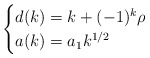
\begin{align*}\begin{cases}d(k)=k+(-1)^k\rho&\\a(k)=a_1k^{1/2}& \end{cases} \end{align*}